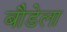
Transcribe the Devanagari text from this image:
बौडेला